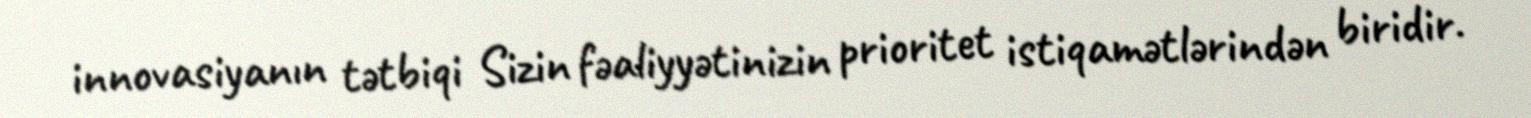
innovasiyanın tətbiqi Sizin fəaliyyətinizin prioritet istiqamətlərindən biridir.